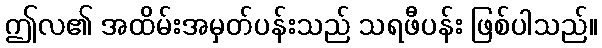
ဤလ၏ အထိမ်းအမှတ်ပန်းသည် သရဖီပန်း ဖြစ်ပါသည်။